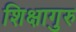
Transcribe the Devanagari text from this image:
शिक्षागुरु